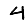
Digit: 4